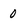
Character: O